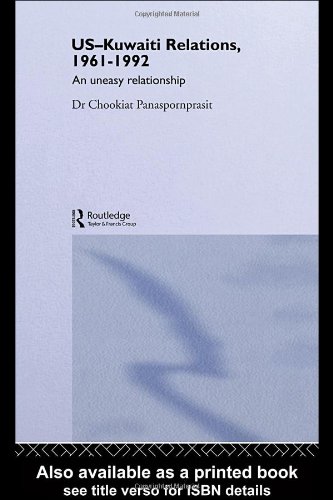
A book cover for US-Kuwaiti Relations, 1961-1992: An Uneasy Relationship; Chookiat Panaspornprasit; History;